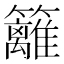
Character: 籬